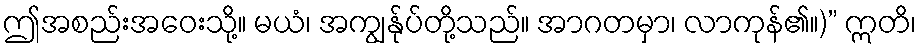
ဤအစည်းအဝေးသို့။ မယံ၊ အကျွန်ုပ်တို့သည်။ အာဂတမှာ၊ လာကုန်၏။)” ဣတိ၊